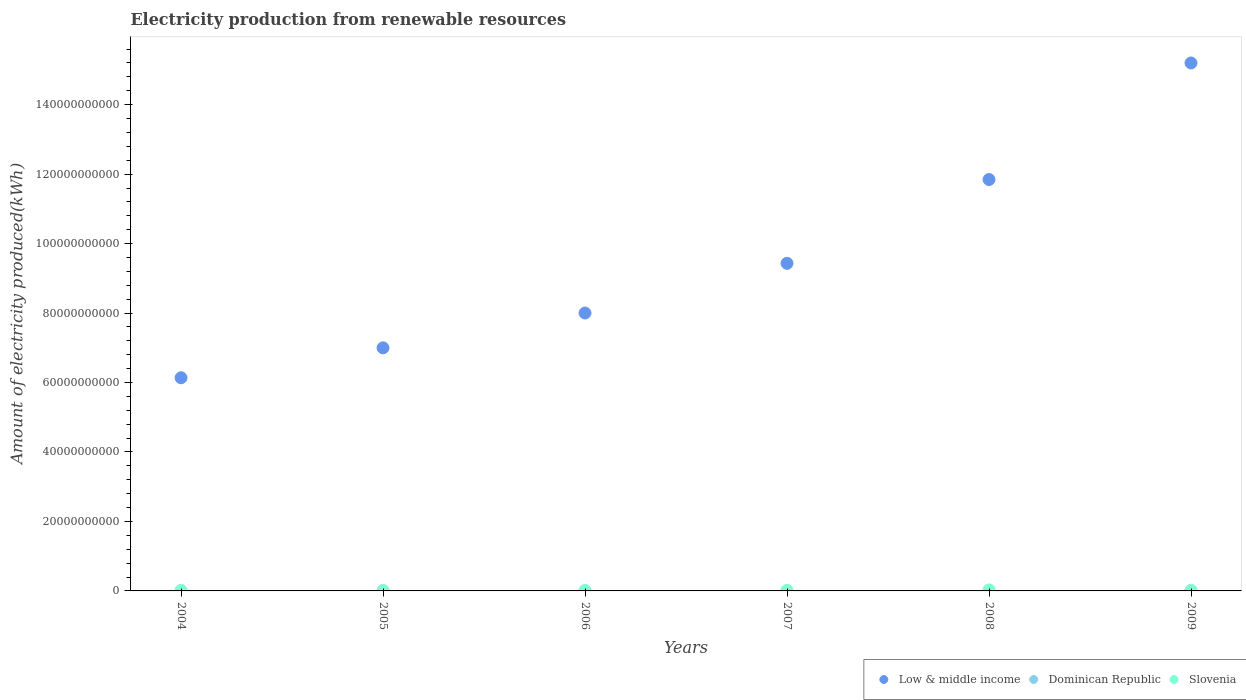
| Years | Low & middle income | Dominican Republic | Slovenia |
 | --- | --- | --- | --- |
 | 2004 | 6.14e+10 | 7e+07 | 1.21e+08 |
 | 2005 | 7e+10 | 2.9e+07 | 1.14e+08 |
 | 2006 | 8e+10 | 2.8e+07 | 1.12e+08 |
 | 2007 | 9.43e+10 | 3.7e+07 | 1.13e+08 |
 | 2008 | 1.18e+11 | 2.9e+07 | 2.9e+08 |
 | 2009 | 1.52e+11 | 2.8e+07 | 1.92e+08 |